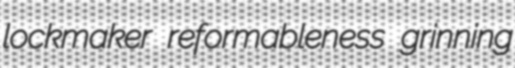
lockmaker reformableness grinning